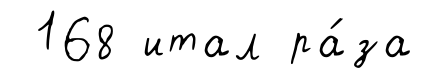
168 итал ра́за